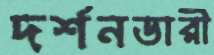
দর্শনডারী